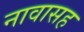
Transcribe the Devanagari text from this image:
नावासह